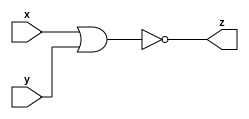
module nor_gate_n (x, y, z);
  parameter n=1; 
  input [n-1:0] x;
  input [n-1:0] y;
  output [n-1:0] z;
  
  assign z = ~(x|y) ;
  
  
endmodule